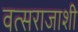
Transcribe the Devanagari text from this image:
वत्सराजाशी